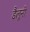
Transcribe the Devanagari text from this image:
डैलूनी